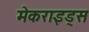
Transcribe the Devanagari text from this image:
मेकराइड्स